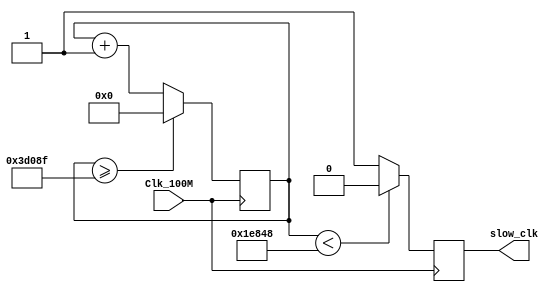
`timescale 1ns / 1ps
//////////////////////////////////////////////////////////////////////////////////
// Company: 
// Engineer: 
// 
// Design Name: 
// Module Name: clock_div
// Project Name: 
// Target Devices: 
// Tool Versions: 
// Description: 
// 
// Dependencies: 
// 
// Revision:
// Revision 0.01 - File Created
// Additional Comments:
// 
//////////////////////////////////////////////////////////////////////////////////


module clock_div(input Clk_100M, output reg slow_clk

    );
    reg [26:0]counter=0;
    always @(posedge Clk_100M)
    begin
        counter <= (counter>=249999)?0:counter+1;
        slow_clk <= (counter < 125000)?1'b0:1'b1;
    end
endmodule